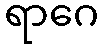
ရာဂေ